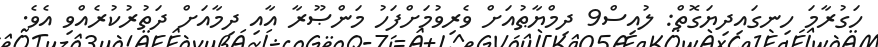
ހަގުރާމަ ހިނގައިދިޔަގޮތް: ލުއިސް9 ދިމްޔާޠުއަށް ވެރިވުމަށްފަހު މަންޞޫރާ އާއި ދިމާއަށް ދަތުރުކުރެއްވި އެވެ.